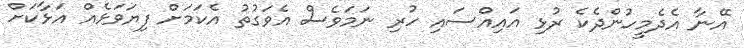
އޭނާ އެދެމީހުންދެކެ ރުޅި އައިއްސައި ހުރި ނަމަވެސް އެވަގުތު އެކަމަށް ފިޔަވަޅެއް އަޅާކަށް